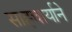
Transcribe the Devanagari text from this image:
साह्चार्याने